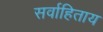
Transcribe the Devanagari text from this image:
सर्वाहिताय